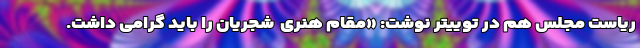
ریاست مجلس هم در توییتر نوشت: «مقام هنری  شجریان را باید گرامی داشت.